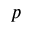
p